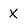
Character: X